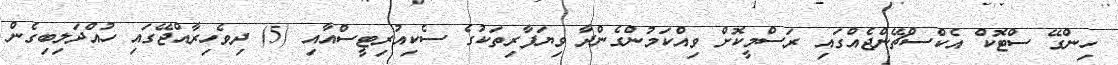
ހިންގޭ ސްޓޮކް އެކްސްޗޭންޖެއްގައި ރަސްމީކޮށް ވިއްކަމުންގެންދާ ވިޔަފާރިތަކުގެ ސެކިއުރިޓީސްއާއި (5) ދިވެހިރާއްޖޭގައި ހުއްދަލިބިގެން